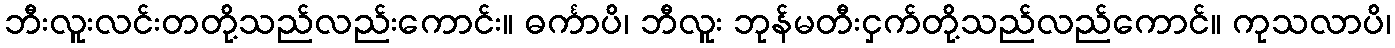
ဘီးလူးလင်းတတို့သည်လည်းကောင်း။ ဓင်္ကာပိ၊ ဘီလူး ဘုန်မတီးငှက်တို့သည်လည်ကောင်။ ကုသလာပိ၊